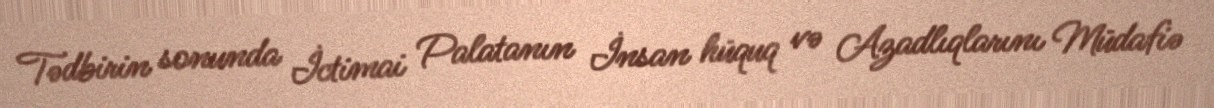
Tədbirin sonunda İctimai Palatanın İnsan hüquq və Azadlıqlarını Müdafiə